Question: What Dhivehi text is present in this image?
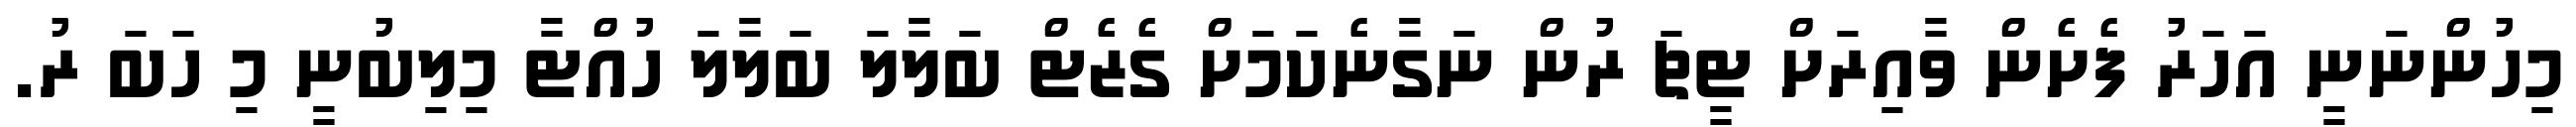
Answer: މިހުންނަނީ އަހަރު ފެށެން ވާއިރަށް ޓީޗަ ރުން ނަގާނެކަމަށް ގެޒެޓް ބަލާލަ ބަލާލަ ހުއްޓާ މިލިބުނީ މި ހަބަ ރު.